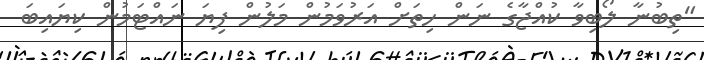
"ތިބުނާ ލޯބިވާ ކުއްޖާގެ ނަން ހިތަށް އަރުވަމުން މަލުން ފިޔަ ނައްޓަމުން ކިޔައިބަ